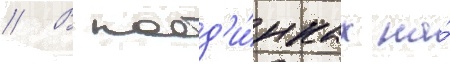
// В поед'и́нках на́